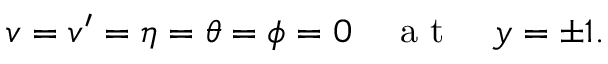
v = v ^ { \prime } = \eta = \theta = \phi = 0 \quad \mathrm { ~ a ~ t ~ } \quad y = \pm 1 .